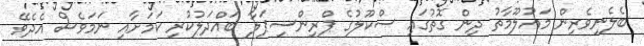
ބެލެނިވެރިން މައުލޫމާތު ދިން ގޮތުގައި ސްކޫލުގެ ޕްރިންސިޕަލާ ބައްދަލުކުރި ކަމަށާއި ނަމަވެސް އެދެވޭ